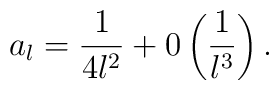
a_l = \displaystyle\frac{1}{4l^2} + 0 \left(\displaystyle\frac{1}{l^3} \right).